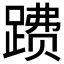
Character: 𲃺